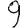
Digit: 9